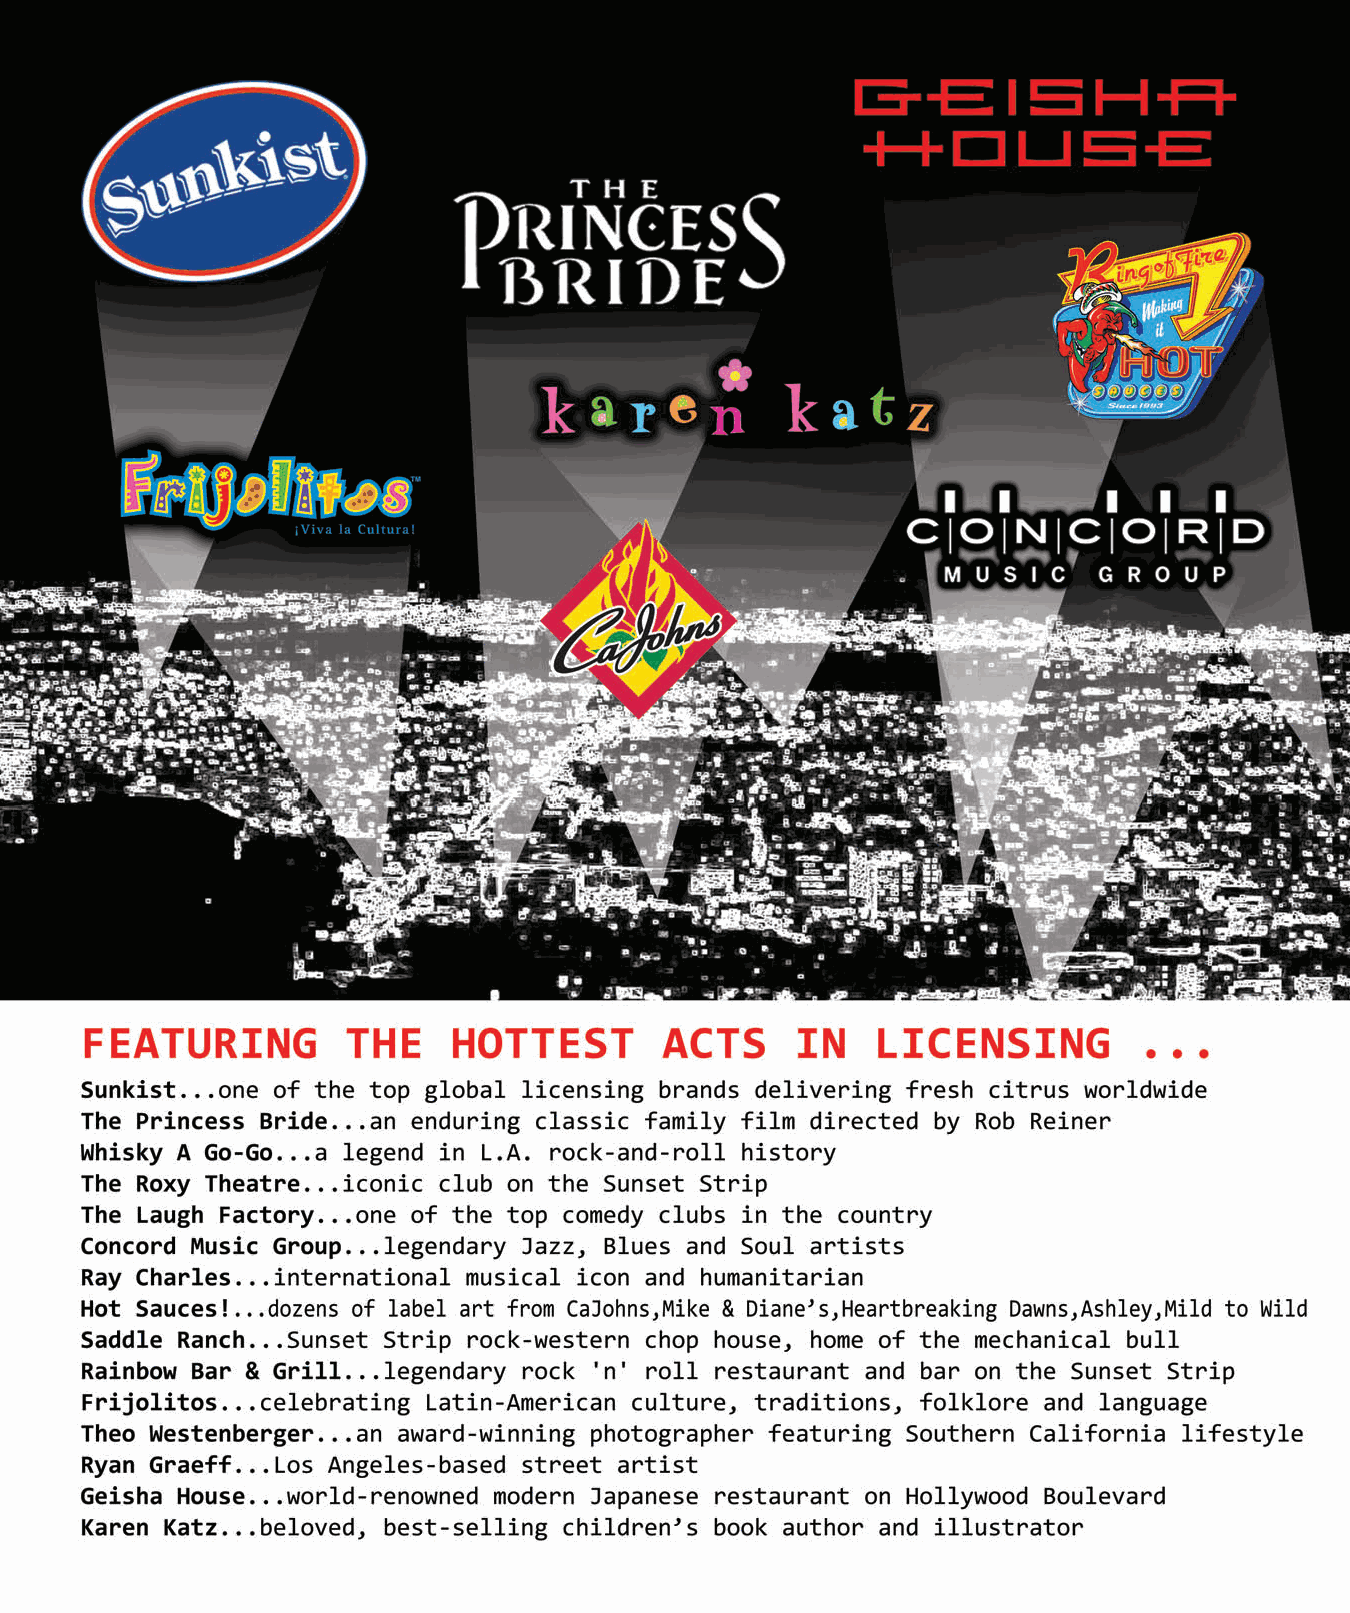
mbcyyelaaallcgonkewnta                         ES246291_LIC0513_022_FP.pgs 05.03.2013 22:46 ADV